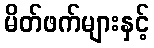
မိတ်ဖက်များနှင့်